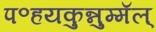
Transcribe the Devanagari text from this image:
प॰हयकुन्नुम्मॅल्